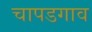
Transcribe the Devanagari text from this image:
चापडगाव